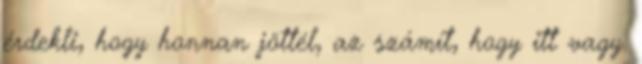
érdekli, hogy honnan jöttél, az számít, hogy itt vagy.